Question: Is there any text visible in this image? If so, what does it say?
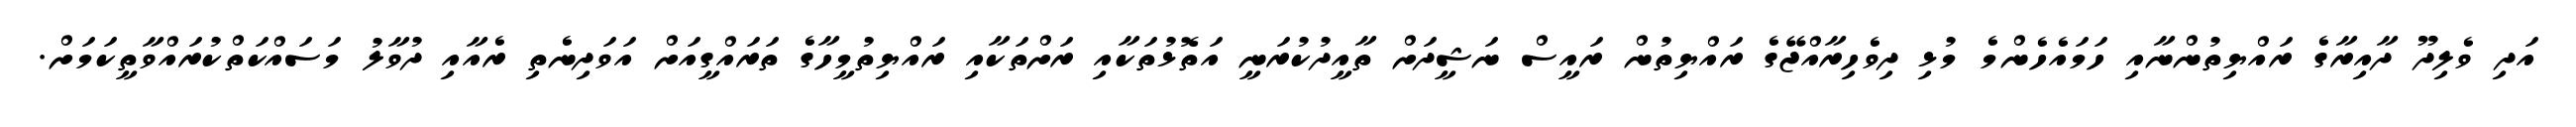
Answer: އަދި ވެލިދޫ ދާއިރާގެ ރައްޔިތުންނާއި ހަމައެހެންމެ މުޅި ދިވެހިރާއްޖޭގެ ރައްޔިތުން ރައީސް ނަޝީދަށް ތާއީދުކުރަނީ އަތޮޅުތަކާއި ރަށްތަކާއި ރައްޔިތުމީހާގެ ތަރައްގީއަށް އަވަދިނެތި ރެއާއި ދުވާލު މަސައްކަތްކުރައްވާތީކަމަށް.